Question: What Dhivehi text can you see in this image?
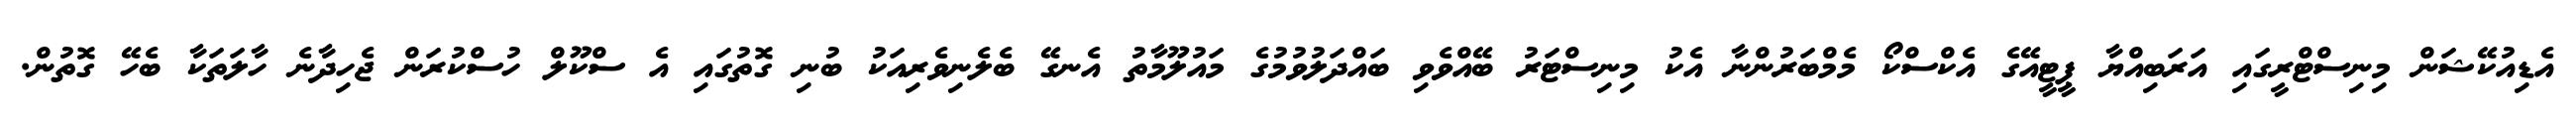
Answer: އެޑިއުކޭޝަން މިނިސްޓްރީގައި އަރަބިއްޔާ ޕީޓީއޭގެ އެކްސްކޯ މެމްބަރުންނާ އެކު މިނިސްޓަރު ބޭއްވެވި ބައްދަލުވުމުގެ މައުލޫމާތު އެނގޭ ބެލެނިވެރިއަކު ބުނި ގޮތުގައި އެ ސްކޫލް ހުސްކުރަން ޖެހިދާނެ ހާލަތަކާ ބެހޭ ގޮތުން.